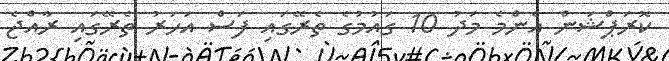
ކޮރަޕްޝަން އެންމެ މަދު 10 ގައުމުގެ ތެރޭގައި ފަސް އަހަރު ތެރޭގައި ރާއްޖެ